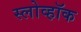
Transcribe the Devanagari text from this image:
स्लोव्हॉक